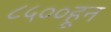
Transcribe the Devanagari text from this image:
८५००हून